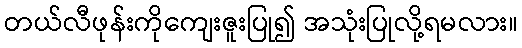
တယ်လီဖုန်းကိုကျေးဇူးပြု၍ အသုံးပြုလို့ရမလား။